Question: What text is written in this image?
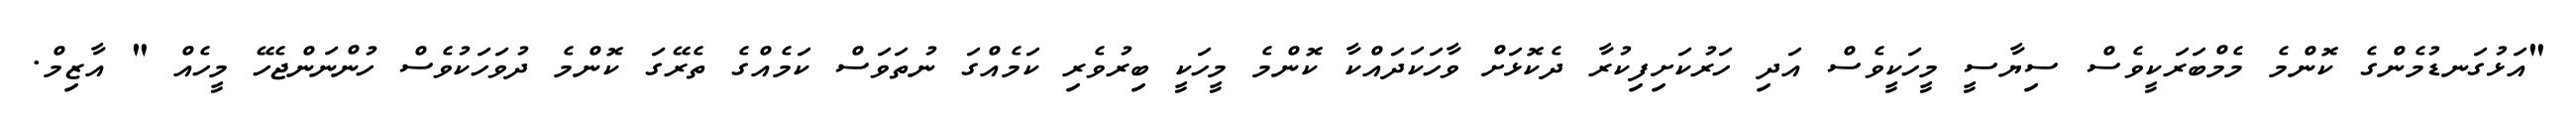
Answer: "އަޅުގަނޑުމެންގެ ކޮންމެ މެމްބަރަކީވެސް ސިޔާސީ މީހަކީވެސް އަދި ހަރުކަށިފިކުރާ ދެކޮޅަށް ވާހަކަދައްކާ ކޮންމެ މީހަކީ ބިރުވެރި ކަމެއްގަ ނުތަވަސް ކަމެއްގެ ތެރޭގަ ކޮންމެ ދުވަހަކުވެސް ހުންނަންޖެހޭ މީހެއް " އާޒިމް.